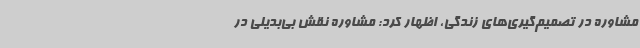
مشاوره در تصمیم‌گیری‌های زندگی، اظهار کرد: مشاوره نقش بی‌بدیلی در